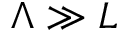
\Lambda \gg L